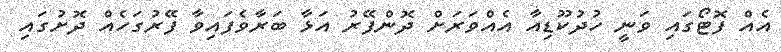
އެއް ފޮޓޯގައި ވަނީ ހުދުކޫޑިއާ އެއްވަރަށް ދޮންފޭރު އަޅާ ބަރާވެފައިވާ ފޭރުގަހެއް ދޮށުގައި